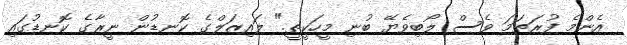
އެންމެ ފުރަތަމަ ވެސް ލޯބިވެޔޭ ބުނި މީހަކީތީ." ލައިޒަލްގެ ކޮނޑުން ނީރާގެ ކޮނޑުގައި